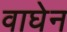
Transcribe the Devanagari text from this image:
वाघेन